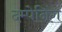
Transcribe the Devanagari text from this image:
दम्पेनिंग